Indian journal of veterinary science and animal husbandry - Volume 4,
Year: 1934
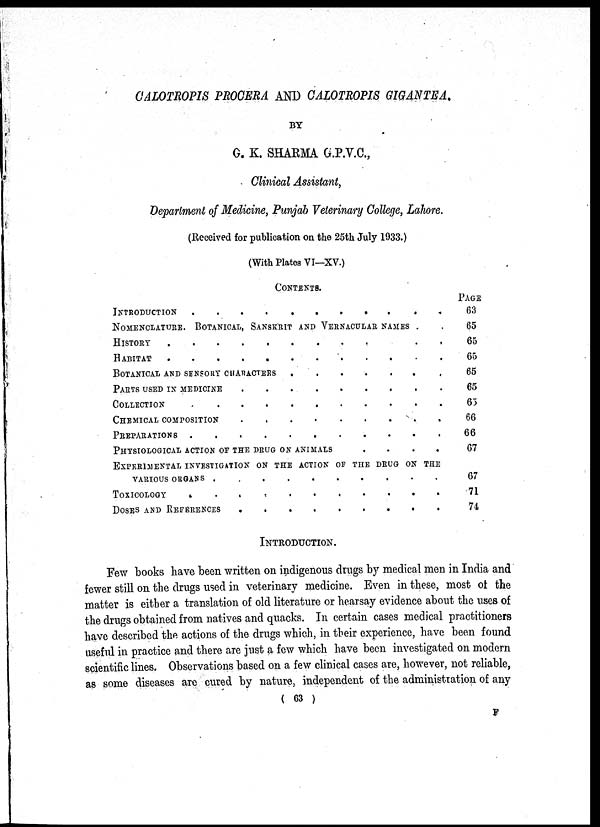
CALOTROPIS PROCERA AND CALOTROPIS GIGANTEA.
BY
G. K. SHARMA G.P.V.C.,
Clinical Assistant,
Department of Medicine, Punjab Veterinary College, Lahore.
(Received for publication on the 25th July 1933.)
(With Plates VI—XV.)
CONTENTS.
INTRODUCTION
....
NOMENCLATURE. BOTANICAL, SANSDRIT AND VERNACULAR NAMES . .
HISTORY
....
HABITAT ...........
BOTANICAL
AND
SENSORY
CHARACTERS
........
PARTS
USED
IN
MEDICINE
...
COLLECTION
...
CHEMICAL COMPOSITION ....
PREPARATION .........
PHYSIOLOGICAL ACTION OF THE DRUG ON ANIMALS ....
EXPERIMENTAL INVESTIGATION ON THE ACTION OF THE DRUG ON THE
VARIOUS ORGANS .........
TOXICOLOGY .......
DOSES AND REFERENCES .........
PAGE
63
65
65
65
65
65
65
66
66
67
67
71
74
INTRODUCTION.
Few books have been written on indigenous drugs by medical men in India and
fewer still on the drugs used in veterinary medicine. Even in these, most of the
matter is either a translation of old literature or hearsay evidence about the uses of
the drugs obtained from natives and quacks. In certain cases medical practitioners
have described the actions of the drugs which, in their experience, have been found
useful in practice and there are just a few which have been investigated on modern
scientific lines. Observations based on a few clinical cases are, however, not reliable,
as some diseases are cured by nature, independent of the administration of any
( 63 )
F